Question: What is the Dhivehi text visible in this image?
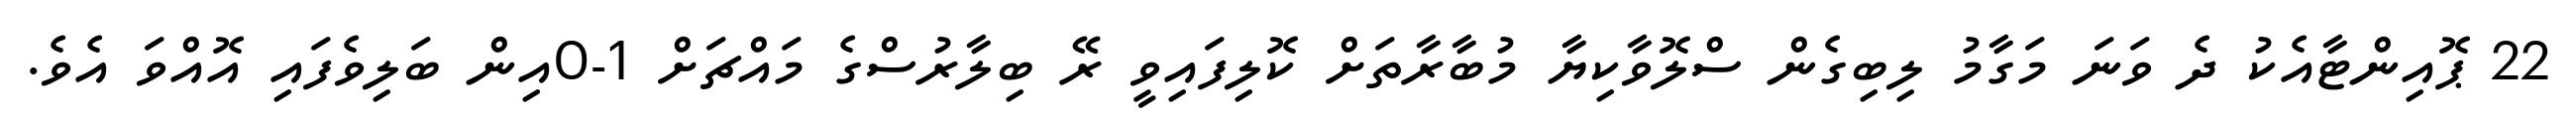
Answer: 22 ޕޮއިންޓާއެކު ދެ ވަނަ މަގާމު ލިބިގެން ސްލޮވާކިޔާ މުބާރާތަށް ކޮލިފައިވީ ރޭ ބިލާރުސްގެ މައްޗަށް 1-0އިން ބަލިވެފައި އޮއްވަ އެވެ.